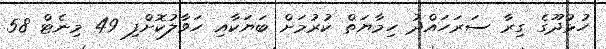
ހުޅުދޫގެ ގިރާ ސަރަހައްދު ހިމާޔަތް ކުރުމަށް ބަޔަކާއި ހަވާލުކޮށްފި 49 މިނެޓް 58